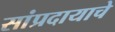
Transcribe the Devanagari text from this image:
सांप्रदायाचे